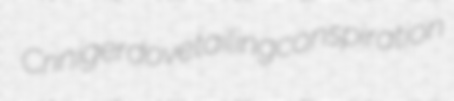
Criniger dovetailing conspiration